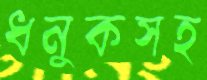
ধনুকসহ